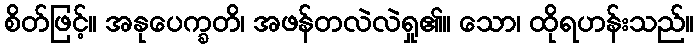
စိတ်ဖြင့်။ အနုပေက္ခတိ၊ အဖန်တလဲလဲရှု၏။ သော၊ ထိုရဟန်းသည်။